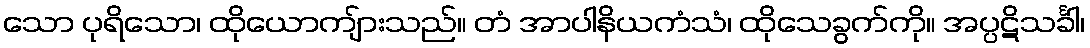
သော ပုရိသော၊ ထိုယောကျ်ားသည်။ တံ အာပါနိယကံသံ၊ ထိုသေခွက်ကို။ အပ္ပဋိသင်္ခါ၊